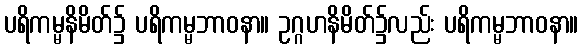
ပရိကမ္မနိမိတ်၌ ပရိကမ္မဘာဝနာ။ ဥဂ္ဂဟနိမိတ်၌လည်း ပရိကမ္မဘာဝနာ။